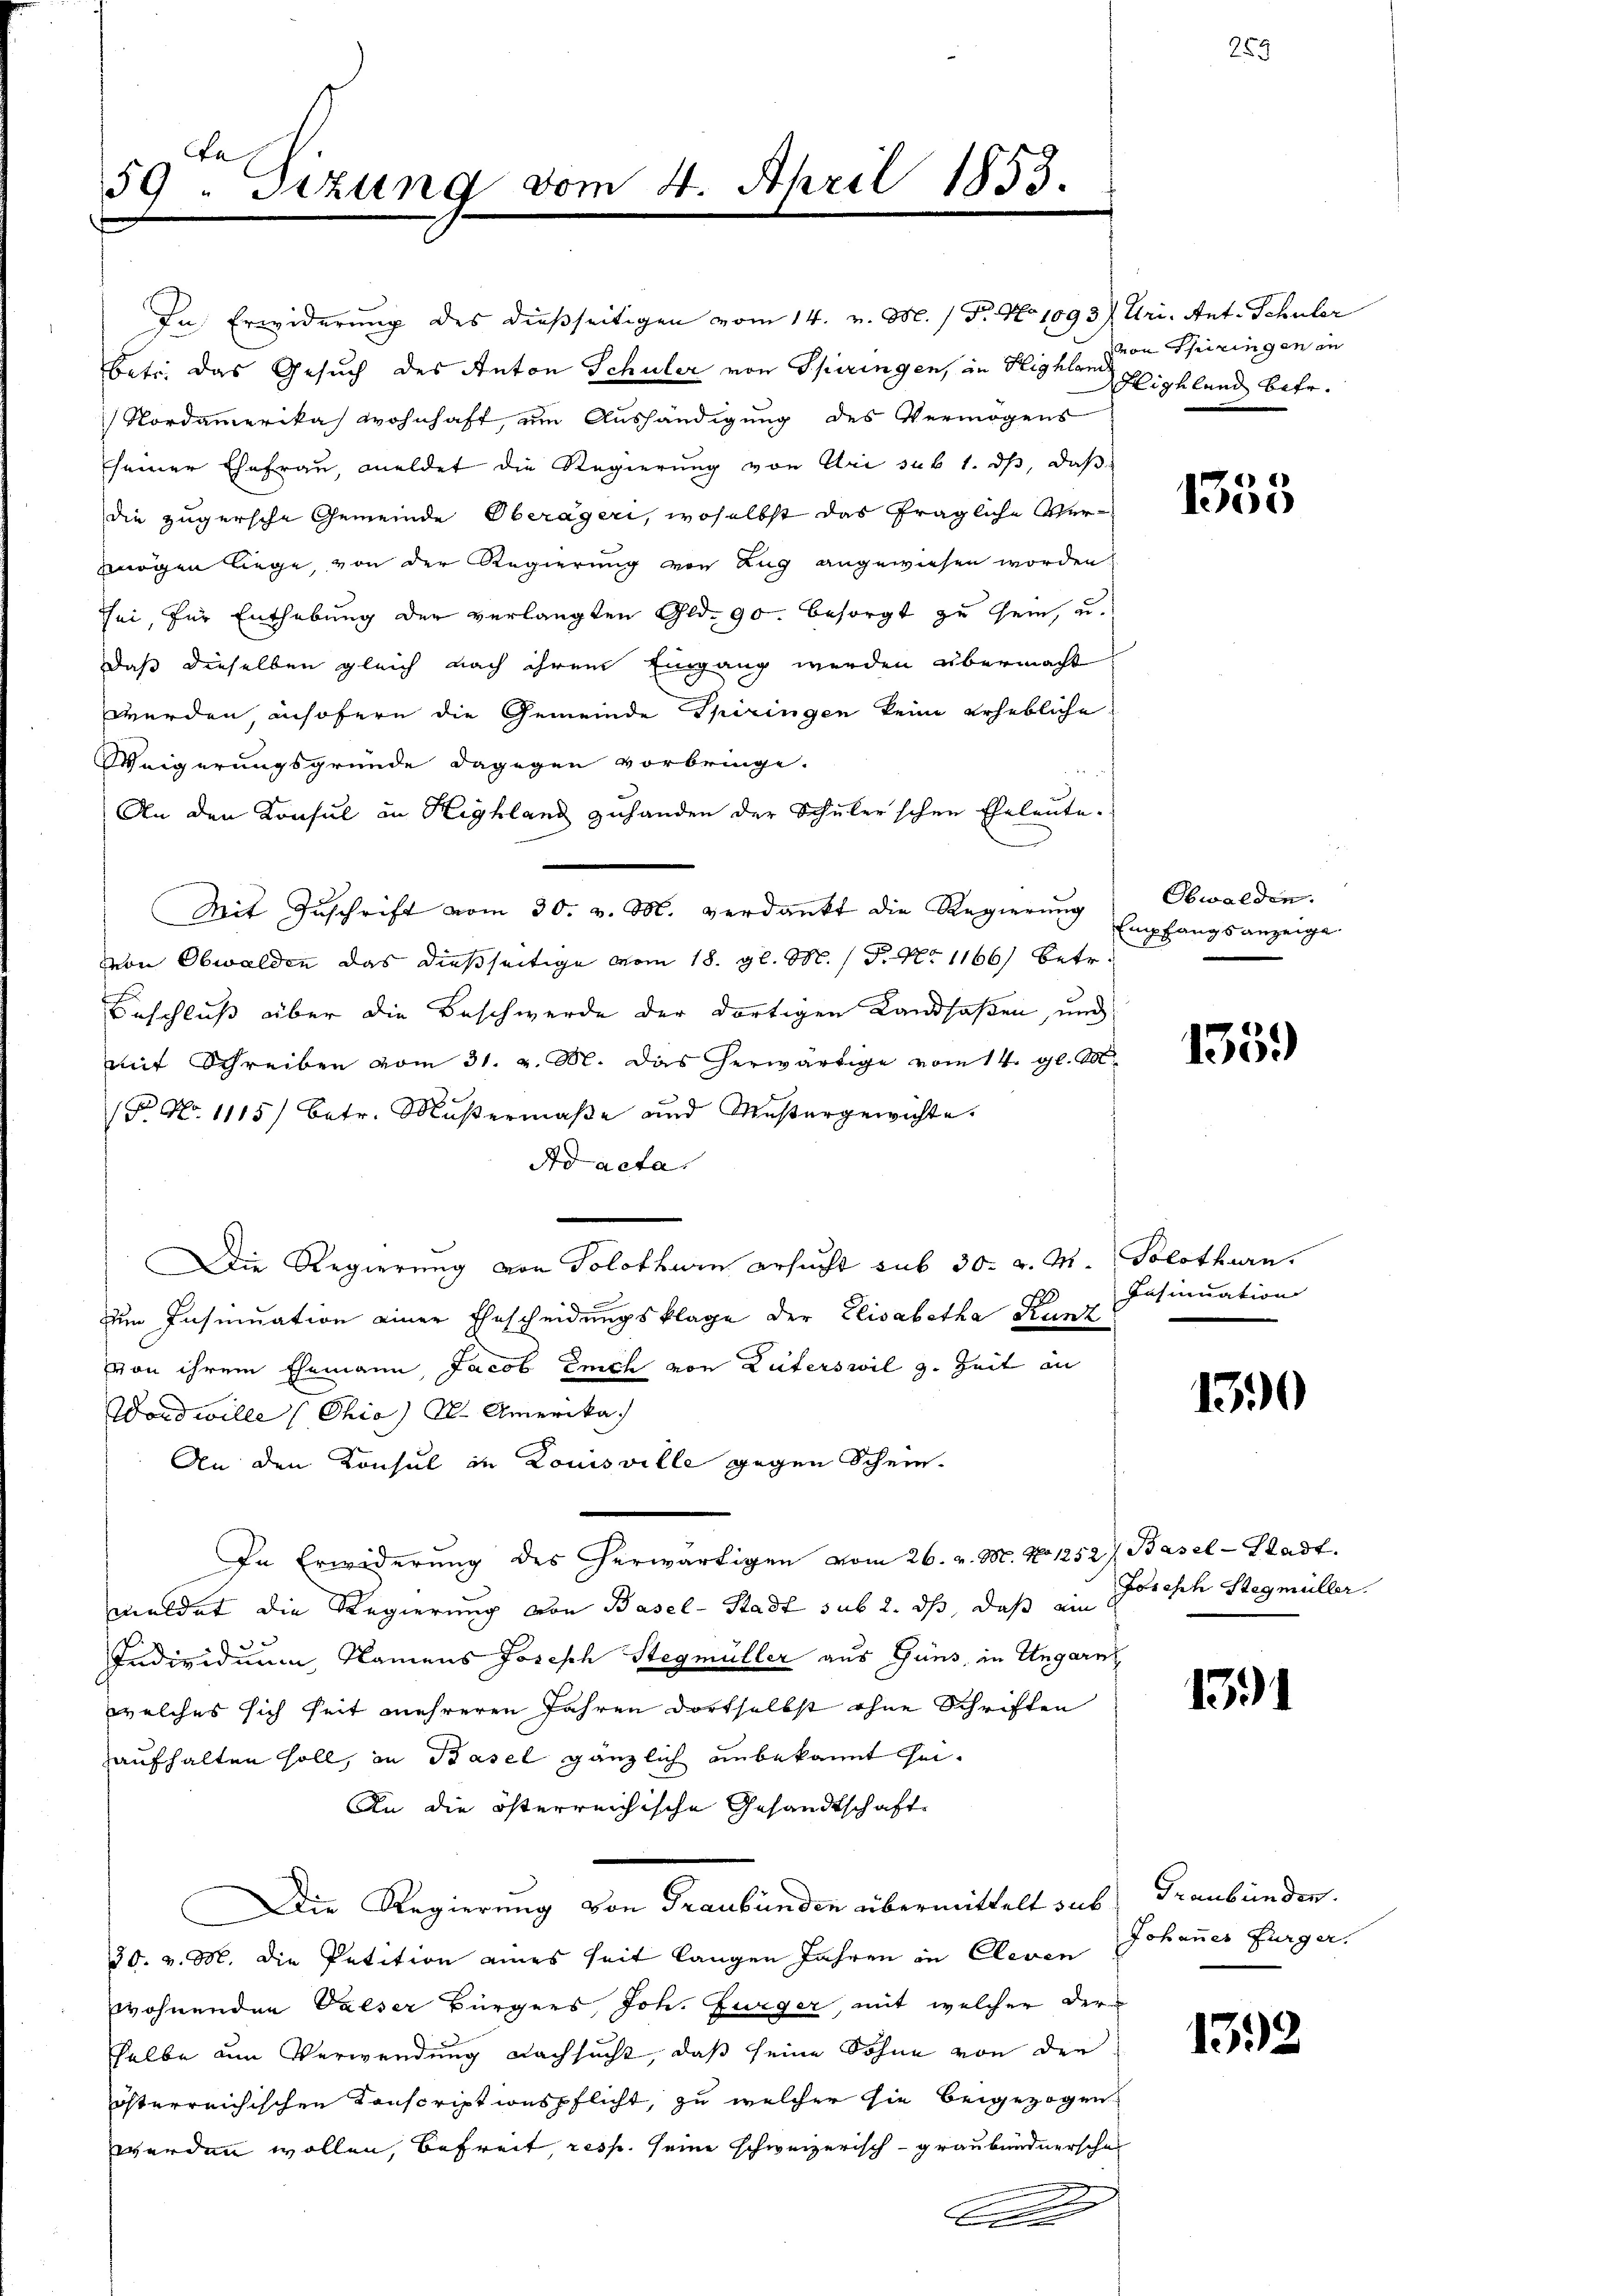
e
59 - Sizung vom 4. April 1853.

In Erwiderung des dießseitigen vom 14. v. M. / Dr. No 1093) Uri. Ant. Schüler
betr. das Gesuch des Anton Schuler von Spiringen, in Highland Highland betr.
Nordamerikas wohnhaft, um Aushändigung des Vermögens
seiner Ehefrau, meldet die Regierung von Uri sub 1. ds, daß
die zugersche Gemeinde Oberägeri, woselbst das fragliche Vermögen liege, von der Regierung von Zug angewiesen worden.
sei, für Enthebung der verlangten Gld. 90. besorgt zu sein, u.
daß dieselben gleich nach ihrem Eingang werden übermacht
werden, insofern die Gemeinde Spiringen keine erhebliche
Weigerungsgründe dagegen vorbringe.
An den Konsul in Highland zuhanden der Schüler'schen Eheleute.
Mit Zuschrift vom 30. verdankt die Regierung
von Obwalden das dießseitige vom 18. gl. M. P. No 1166) betr.
Beschluß über die Beschwerde der dortigen Landsaßen, und
mit Schreiben vom 31. v. M. das herwärtige vom 14. gl. A
(F. No. 1115) betr. Mŭβermaβe und Maβergewichte.
Ad acta
Die Regierung von Solothurn ersucht sub 30. v. M. Solothurn.
Im Insinuation einer Ehescheidungsklage der Elisabetha Kunz
von ihrem Ehemann, Jacob Erich von Luterswil z. Zeit an
Wordwille (Chia) S. Amerika
An den Konsul in Louisville gegen Schein
In Erwiderung des herwärtigen vom 26. v. M. No 1252) Basel-Stadt
meldet die Regierung von Basel-Stadt sub 2. ds, daß ein Parisch Stegmüller.
Individuum, Namens Joseph Stegmüller aus Gans, in Ungarn
welches sich heit mehreren Jahren dortselbst ohne Schriften
aufhalten soll, in Basel gänzlich unbekannt sei.
An die österreichische Gesandtschaft
Die Regierung von Graubünden übermittelt sub. Graubünden.
30. v. M. die Petition eines seit langen Jahren in Cleven
wohnenden Valser Bürgers, Joh. Ewiger, mit welcher der
selbe um Verwendung nachsucht, daß seine Söhne von der
österreichischen Conscriptionspflicht, zu welcher sie beigezogen
werden wollen, Befreit, resp. seine schweizerisch - graubündnerscha
B

von Thiringen an

1355

Obwalden.
Empfangs anzeige

1359)

Insinuation

1390

1391

Johanner Furger.

1392